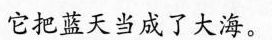
它把蓝天当成了大海。